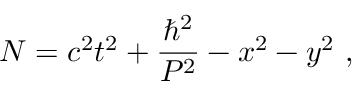
N = c ^ { 2 } t ^ { 2 } + \frac { \hbar ^ { 2 } } { P ^ { 2 } } - x ^ { 2 } - y ^ { 2 } ~ ,